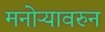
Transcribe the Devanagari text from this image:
मनोऱ्यावरुन